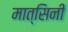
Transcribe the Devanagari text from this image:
मात्सिनी